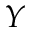
Y